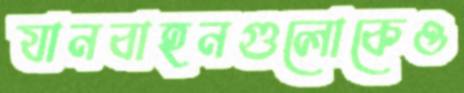
যানবাহনগুলোকেও